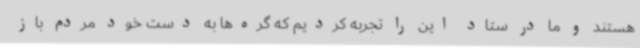
هستند و ما در ستاد این را تجربه کردیم که گره‌ها به دست خود مردم باز